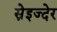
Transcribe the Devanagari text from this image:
स्नेइज्देर